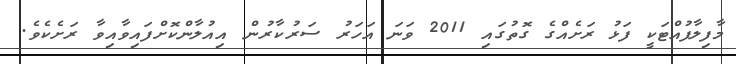
މާފިލާފުއްޓަކީ ފަޅު ރަށެއްގެ ގޮތުގައި 2011 ވަނަ އަހަރު ސަރުކާރުން އިއުލާންކޮށްފައިވާއިވާ ރަށެކެވެ.